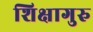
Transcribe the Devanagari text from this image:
शिक्षागुरु